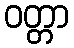
ဝတ္တာ